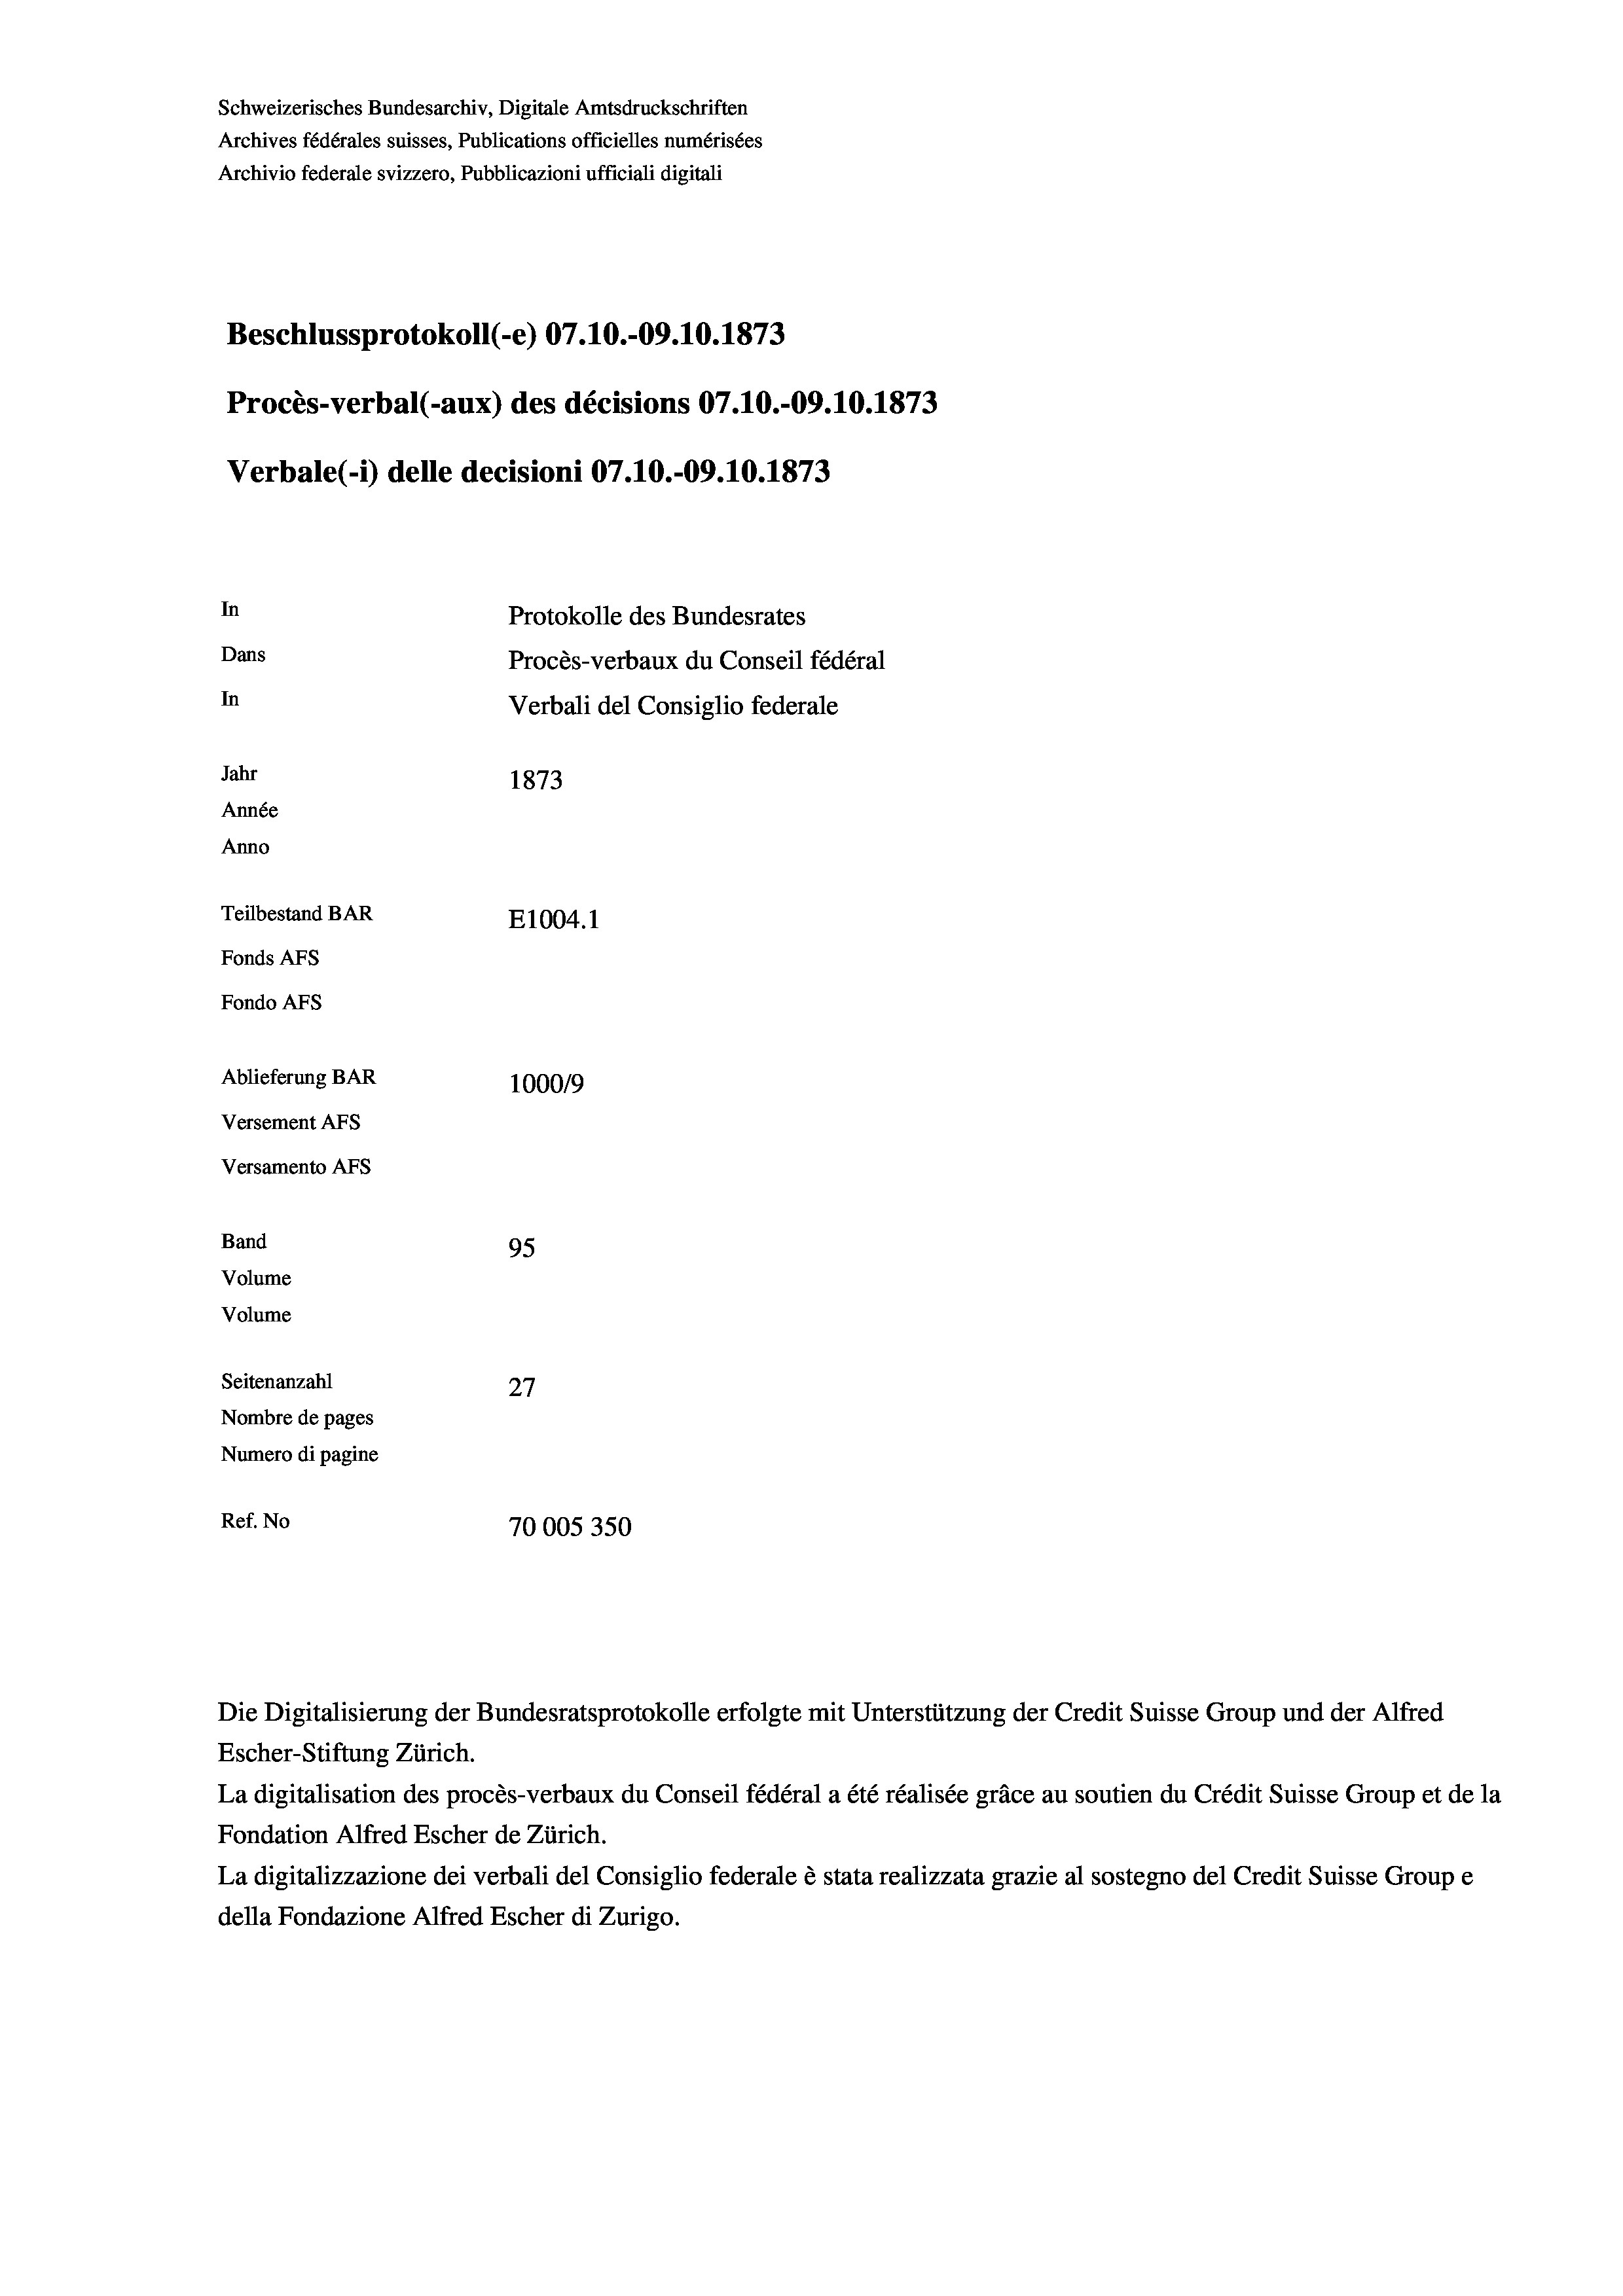
Schweizerisches Bundesarchiv, Digitale Amtsdruckschriften
Archives fédérales suisses, Publications officielles numérisées
Archivio federale svizzero, Pubblicazioni ufficiali digitali
Beschlussprotokoll (-e) 07.10.-09.10.1873
Procès-verbal (-aux) des décisions 07.10.-09.10.1873
Verbale(-*) delle decisioni 07.10.-09.10.1873
In
Protokolle des Bundesrates
Dans
Procès-verbaux du Conseil fédéral
In
Verbali del Consiglio federale
Jahr
1873
Année
Anno
Teilbestand BAR
E1004.1
Fonds AFs
Fondo AFS
Ablieferung BAR
100019
Versement AFs
Versamento AFs
Band
95
Volume
Volume
Seitenanzahl
27
Nombre de pages
Numero di pagine
Ref. No
70005350

Die Digitalisierung der Bundesratsprotokolle erfolgte mit Unterstützung der Credit Suisse Group und der Alfred
Escher-Stiftung Zürich.
La digitalisation des procès-verbaux du Conseil fédéral a été réalisée gräce au soutien du Crédit Suisse Group et de la
Fondation Alfred Escher de Zürich.
La digitalizzazione dei verbali del Consiglio federale è stata realizzata grazie al sostegno del Credit Suisse Groupe
della Fondazione Alfred Escher di Zurigo.